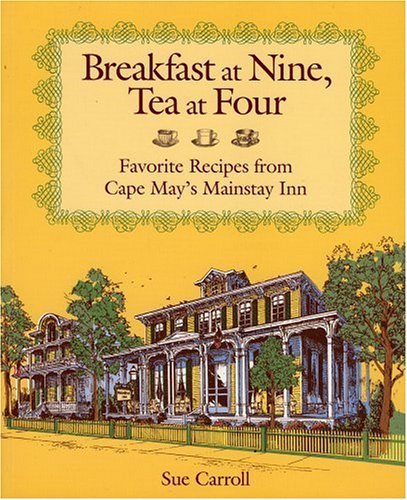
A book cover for Breakfast at Nine, Tea at Four: Favorite Recipes from Cape May's Mainstay Inn; Sue Carroll; Cookbooks, Food & Wine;